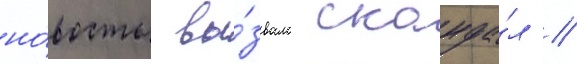
но́вость вы́звала сканда́л //